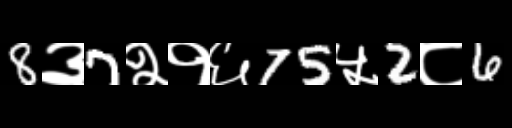
Text: 8३7२१६75५2८6